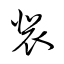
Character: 裴